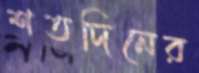
শতদিনের